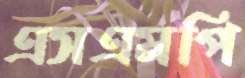
এসএমপি